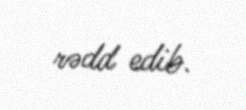
rədd edib.